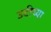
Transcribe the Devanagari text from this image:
उटीच्या